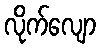
လိုက်လျော